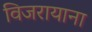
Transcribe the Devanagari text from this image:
विजरायाना